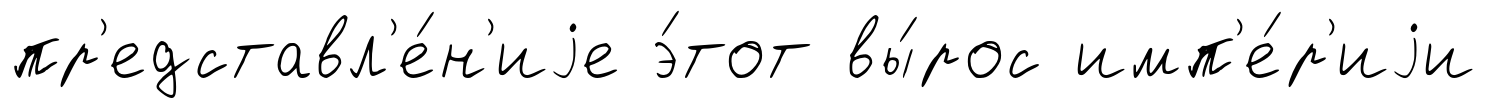
пр'едставл'е́н'иjе э́тот вы́рос имп'е́р'иjи